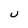
Character: U